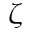
\zeta